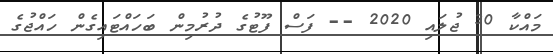
މައްކާ 30 ޖުލައި 2020 -- ފަސް ފޫޓުގެ ދުރުމިން ބަހައްޓައިގެން ހައްޖުގެ